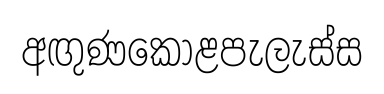
අඟුණකොළපැලැස්ස